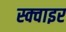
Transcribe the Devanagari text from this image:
स्क्वाइर